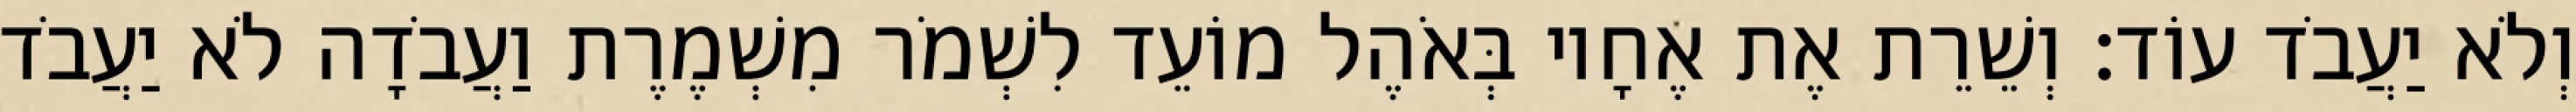
וְלֹא יַעֲבֹד עוֹד׃ וְשֵׁרֵת אֶת אֶחָיו בְּאֹהֶל מוֹעֵד לִשְׁמֹר מִשְׁמֶרֶת וַעֲבֹדָה לֹא יַעֲבֹד